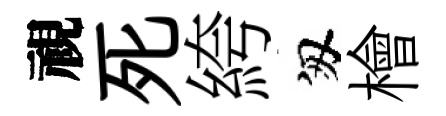
視死絝匆檜